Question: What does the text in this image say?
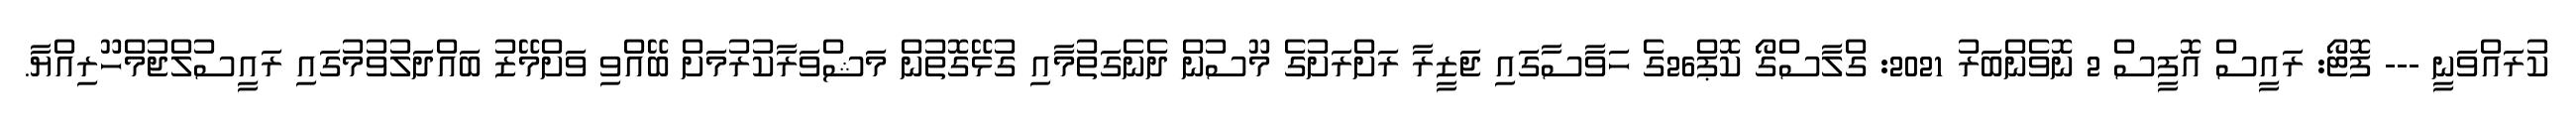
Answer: ކުރައްވަނީ --- ފޮޓޯ: ރައީސް އޮފީސް 2 ނޮވެންބަރު 2021: ގްލާސްގޯ ކޮޕް26ގެ ހަވާސާގައި ޖަޒީރާ ރަށްރަށުގެ މޫސުން ދެނެގަތުމާއި ގުޅޭގޮތުން މަޝްވަރާކުރުމަށް ބޭއްވި ވަށްމޭޒު ބައްދަލުވުމުގައި ރައީސުލްޖުމްހޫރިއްޔާ.